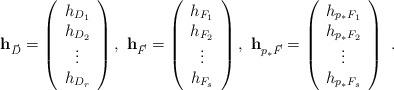
LaTeX: \begin{align*}&{\bf h}_{\vec{D}}=\left(\begin{array}{c}h_{D_{1}}\\h_{D_{2}}\\\vdots \\h_{D_{r}}\end{array}\right),\ {\bf h}_{\vec{F}}=\left(\begin{array}{c}h_{F_{1}}\\h_{F_{2}}\\\vdots \\h_{F_{s}}\end{array}\right),\ {\bf h}_{{p}_{*}\vec{F}}=\left(\begin{array}{c}h_{{p}_{*}F_{1}}\\h_{{p}_{*}F_{2}}\\\vdots \\h_{{p}_{*}F_{s}}\end{array}\right)\ .\end{align*}